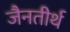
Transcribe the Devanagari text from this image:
जैनतीर्थ